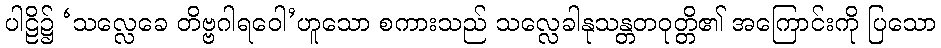
ပါဠိ၌ ‘သလ္လေခေ တိဗ္ဗဂါရဝေါ’ဟူသော စကားသည် သလ္လေခါနုသန္တတဝုတ္တိ၏ အကြောင်းကို ပြသော